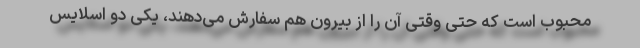
محبوب است که حتی وقتی آن را از بیرون هم سفارش می‌دهند، یکی دو اسلایس